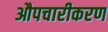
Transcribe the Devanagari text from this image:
औपचारीकरण